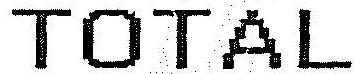
TOTAL